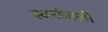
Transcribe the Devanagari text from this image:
स्वरांजली